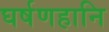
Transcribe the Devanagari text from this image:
घर्षणहानि